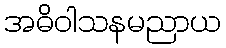
အဓိဝါသနမညာယ